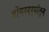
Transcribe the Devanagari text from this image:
डोंगरदर्‍यांतून